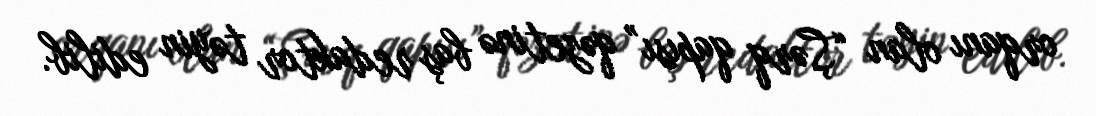
orqanı olan “Şərq qapısı” qəzetinə baş redaktor təyin edilib.